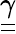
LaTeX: \underline{{\underline{{\gamma}}}}